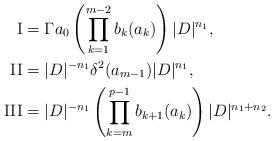
LaTeX: \begin{align*} \mathrm{I} &= \Gamma a_0\left(\prod_{k=1}^{m-2}b_k(a_k)\right)|D|^{n_1},\\ \mathrm{II} &= |D|^{-n_1}\delta^2(a_{m-1})|D|^{n_1},\\ \mathrm{III} &= |D|^{-n_1}\left(\prod_{k=m}^{p-1}b_{k+1}(a_k)\right)|D|^{n_1+n_2}. \end{align*}